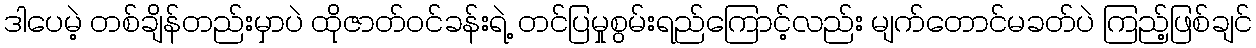
ဒါပေမဲ့ တစ်ချိန်တည်းမှာပဲ ထိုဇာတ်ဝင်ခန်းရဲ့ တင်ပြမှုစွမ်းရည်ကြောင့်လည်း မျက်တောင်မခတ်ပဲ ကြည့်ဖြစ်ချင်